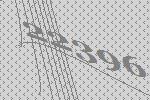
22396